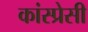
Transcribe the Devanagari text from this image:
कांस्प्रेसी